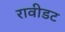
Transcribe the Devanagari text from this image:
रावीडट